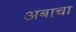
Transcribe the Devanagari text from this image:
अबाचा